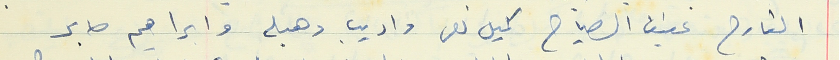
القارح عفيف الصياح كميل نصر واديب وهبه وابراهيم صابر